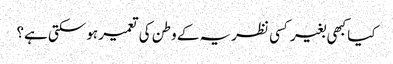
کیا کبھی بغیر کسی نظریہ کے وطن کی تعمیر ہوسکتی ہے؟